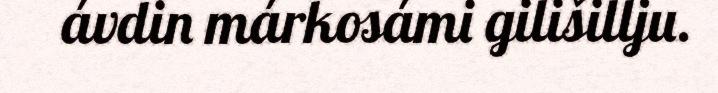
ávdin márkosámi gilišillju.